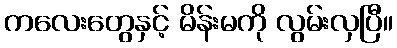
ကလေးတွေနှင့် မိန်းမကို လွမ်းလှပြီ။